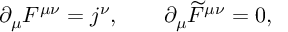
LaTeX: \partial _ { \mu } F ^ { \mu \nu } = j ^ { \nu } , \qquad \partial _ { \mu } \widetilde { F } ^ { \mu \nu } = 0 ,